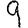
Digit: 9